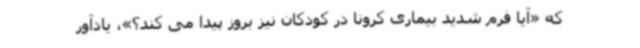
که «آیا فرم شدید بیماری کرونا در کودکان نیز بروز پیدا می کند؟»، یادآور